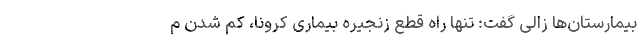
بیمارستان‌ها زالی گفت: تنها راه قطع زنجیره بیماری کرونا، کم شدن م